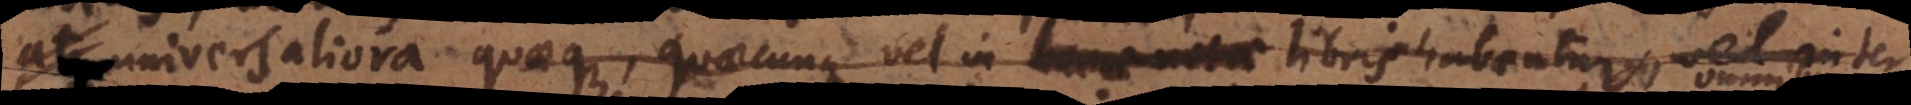
a, universaliora quaeque, quaecunque vel in bonae vitae libris habentur, vel inter